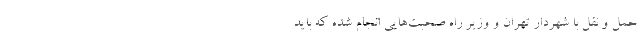
حمل و نقل با شهردار تهران و وزیر راه صحبت‌هایی انجام شده که باید